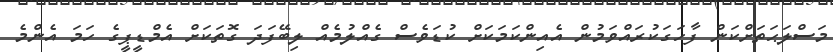
މަސްލަޙަތަށްކަން ފާހަގަކުރައްވަމުން އެއިންކަމަކަށް ކުޑަވެސް ގެއްލުމެއް ލިބޭފަދަ ގޮތަކަށް އެމްޑީޕީގެ ހަމަ އެންމެ